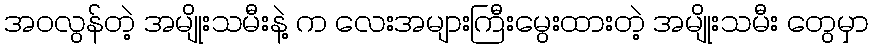
အဝလွန်တဲ့ အမျိုးသမီးနဲ့ က လေးအများကြီးမွေးထားတဲ့ အမျိုးသမီး တွေမှာ